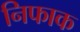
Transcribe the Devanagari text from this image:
निफाक